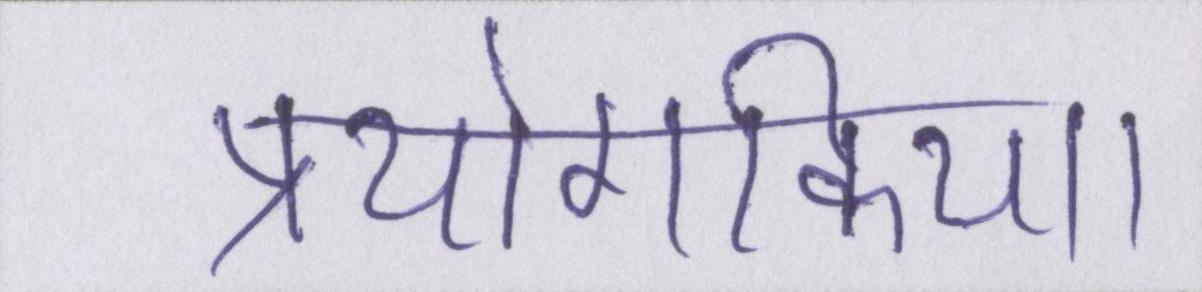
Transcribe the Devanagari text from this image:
प्रयोगकिया।